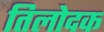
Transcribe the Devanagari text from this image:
तिलोदक